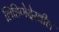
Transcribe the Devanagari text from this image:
लिहिणेदेखील